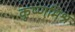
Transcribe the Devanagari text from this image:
कृष्णमिश्र